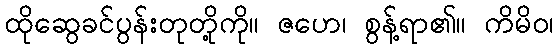
ထိုဆွေခင်ပွန်းတုတို့ကို။ ဇဟေ၊ စွန့်ရာ၏။ ကိမိဝ၊